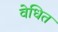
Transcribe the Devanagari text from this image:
वेधित